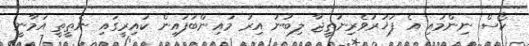
ކޯސް ނިންމައި އެ ފަޚުރުވެރިނަތީޖާ ލިބުނު އިރު މައިންބަފައިން ކައިރީގައި ނެތީތީ އަމާނީ